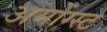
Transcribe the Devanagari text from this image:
अमोंग्स्ट